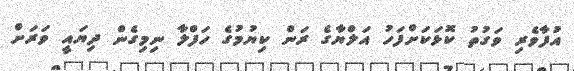
އުފާވެރި ވަގުތު ކޮޅަކަށްފަހު އަލްޔާގެ ރަން ކިޔުމުގެ ހަފްލާ ނިމިގެން ދިޔައީ ވަރަށް